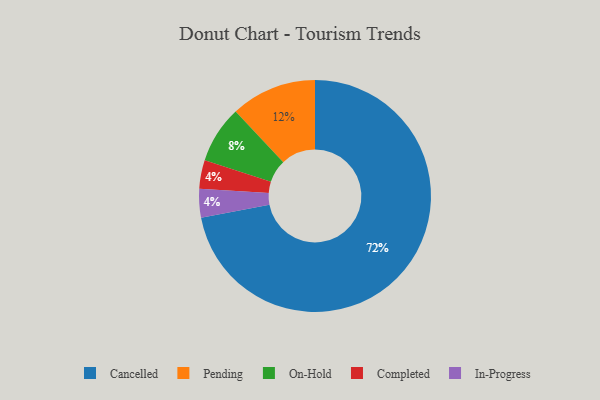
{"axis": {"x": "Category", "y": "Percentage"}, "legend": ["Cancelled", "Completed", "In-Progress", "On-Hold", "Pending"], "data": [{"x": "Cancelled", "y": 72, "type": "Cancelled"}, {"x": "On-Hold", "y": 8, "type": "On-Hold"}, {"x": "Pending", "y": 12, "type": "Pending"}, {"x": "Completed", "y": 4, "type": "Completed"}, {"x": "In-Progress", "y": 4, "type": "In-Progress"}]}